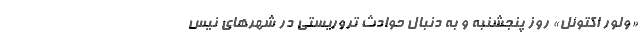
«ولور اکتوئل» روز پنجشنبه و به دنبال حوادث تروریستی در شهرهای نیس